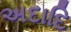
અદાદિ